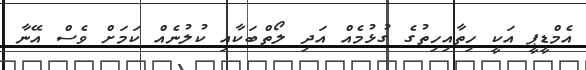
އެމްޑީޕީ އަކީ ހިތާއިހިތުގެ ގުޅުމެއް އަދި ލޯތްބަކާއި ކުލުނެއް ކަމަށް ވެސް އޭނާ